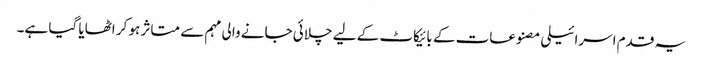
یہ قدم اسرائیلی مصنوعات کے بائیکاٹ کے لیے چلائی جانے والی مہم سے متاثر ہو کر اٹھایا گیا ہے۔